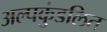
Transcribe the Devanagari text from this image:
अल्पकुंडलित